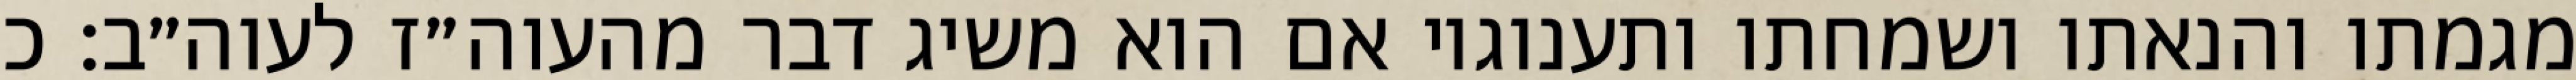
מגמתו והנאתו ושמחתו ותענוגיו אם הוא משיג דבר מהעוה״ז לעוה״ב: כ